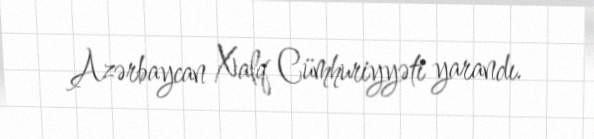
Azərbaycan Xalq Cümhuriyyəti yarandı.